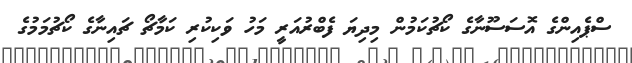
ސްޕެއިންގެ އޮސަސޫނާގެ ކޯޗުކަމުން މިދިޔަ ފެބްރުއަރީ މަހު ވަކިކުރި ކަމާޗޯ ޗައިނާގެ ކޯޗުމަމުގެ